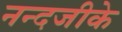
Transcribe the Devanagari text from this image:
नन्दजीके